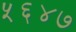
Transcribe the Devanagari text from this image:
५६४७